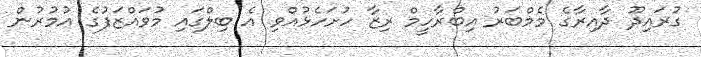
ގުރައިދޫ ދާއިރާގެ މެމްބަރު އިބްރާހީމް ރިޒާ ހުށަހެޅުއްވި އެ ބިލްގައި މުވައްޒަފުގެ އުމުރުން